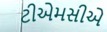
ટીએમસીએ